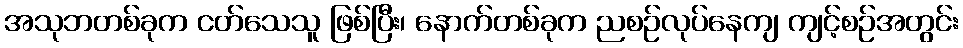
အသုဘတစ်ခုက ငတ်သေသူ ဖြစ်ပြီး၊ နောက်တစ်ခုက ညစဉ်လုပ်နေကျ ကျင့်စဉ်အတွင်း